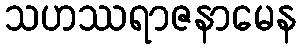
သဟဿရာဇနာမေန